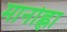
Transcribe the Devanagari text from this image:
मानोह्ला